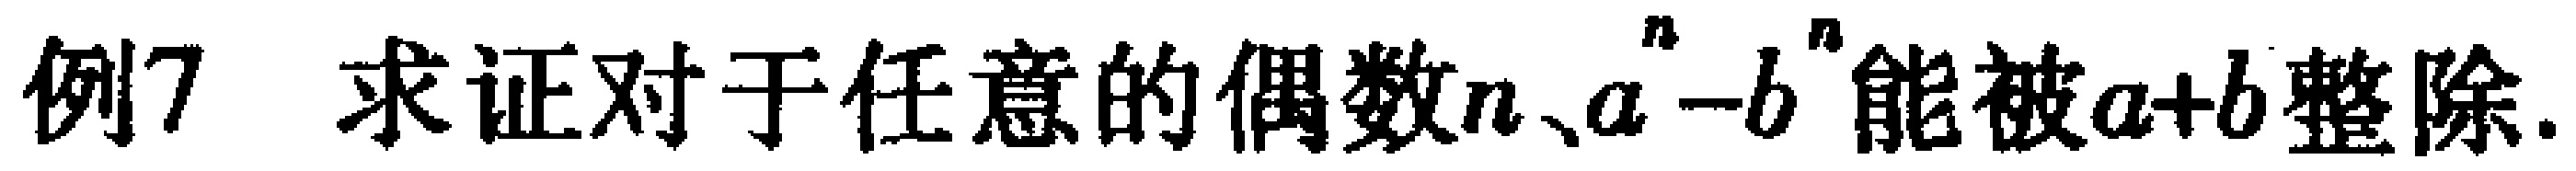
例7 求证对于任意的偶数\(n\)、\(a^{n}-b^{n}\)能被\(a + b\)整除.